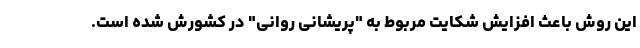
این روش باعث افزایش شکایت مربوط به "پریشانی روانی" در کشورش شده است.